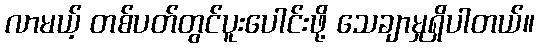
လာမယ့် တစ်ပတ်တွင်ပူးပေါင်းဖို့ သေချာမှုရှိပါတယ်။